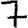
Digit: 7